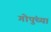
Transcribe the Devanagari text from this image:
गोपुंच्या